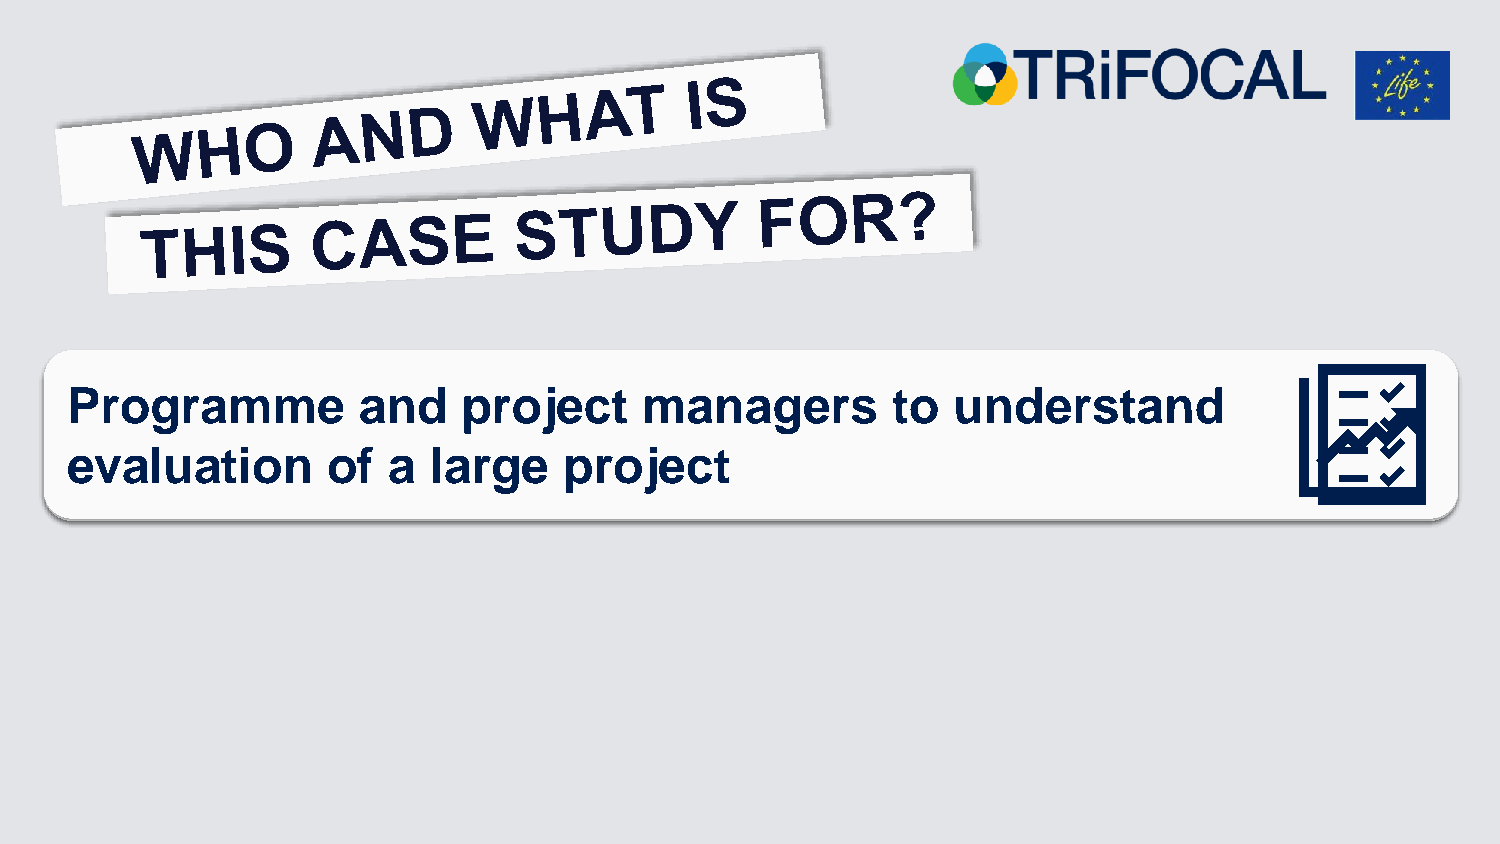
Programme           and    project     managers        to  understand
 Evaluators        to  compare        methods        and    learnings
 evaluation        of  a large    project